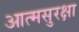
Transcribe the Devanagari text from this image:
आत्मसुरक्षा